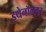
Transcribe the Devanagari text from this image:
इथेनॉलवर